Vaccination in Bombay 1889-1901 - 1889-1901
Year: 1889
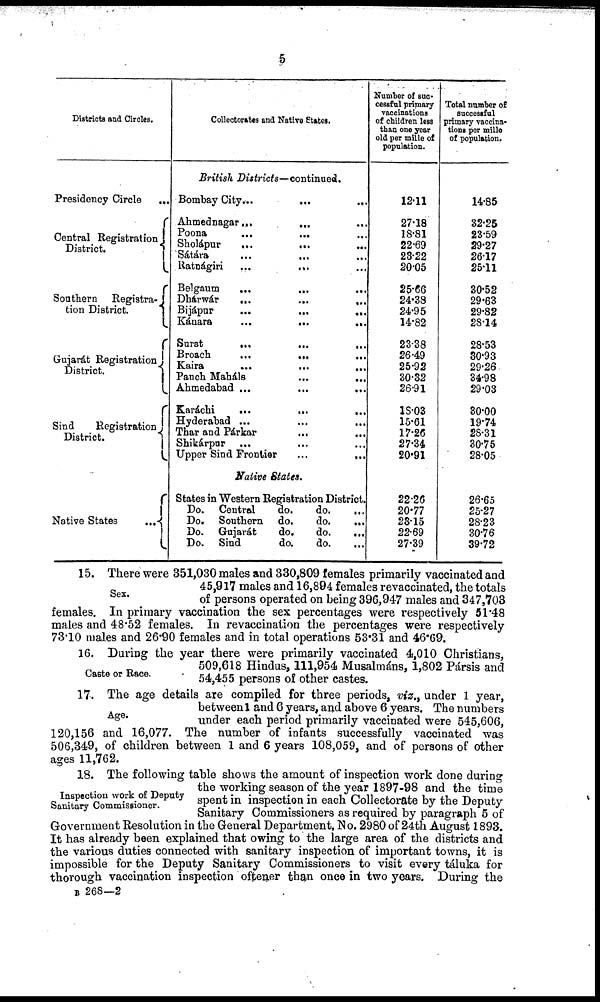
5
Districts and Circles.
Presidency Circle
...
Central Registration
District.
Southern Registra-
tion District.
Gujarát Registration
District.
Sind
Registration
District.
Native States
...
Collectorates and Native States.
British Districts—continued.
Bombay City
...
...
...
Ahmednagar ... ... ...
Poona
...
...
...
Sholápur
...
...
...
Sátarà
...
...
...
Ratnágiri
...
...
...
Belgaum
...
...
...
Dhárwár
...
...
...
Bijápur
...
...
...
Kánarà
...
...
...
Surat
...
...
...
Broach
...
...
...
Kaira
...
...
...
Panch Maháls ... ... ...
Ahmedabad ...
...
...
Karáchi
...
...
...
Hyderabad ... ... ...
Thar and Párkar
... ... ...
Shikárpur ... ... ...
Upper Sind Frontier
...
...
Native States.
States in Western Registration District.
Do. Central
do.
do.
...
Do. Southern do.
do.
...
Do. Gujarát
do.
do.
...
Do. Sind
do.
do. ...
Number of suc-
cessful primary
vaccinations
of children less
than one year
old per mille of
population.
12.11
27.18
18.81
22.69
23.22
20.05
25.66
24.38
24.95
14.82
23.38
26.49
25.92
30.32
26.91
18.03
15.61
17.26
27.34
20.91
22.26
20.77
2315
22.69
27.39
Total number of
successful
primary vaccina-
tions per mille
of population.
14.85
32.25
23.59
29.27
26.17
25.11
30.52
29.63
29.82
28.14
28.53
30.93
29.26
34.98
29.03
30.00
19.74
28.31
30.75
28.05
26.65
25.27
28.23
30.76
39.72
Sex.
15. There were 351,030 males and 330,809 females primarily vaccinated and
45,917 males and 16,894 females revaccinated, the totals
of persons operated on being 396,947 males and 347,703
females. In primary vaccination the sex percentages were respectively 51.48
males and 48.52 females. In revaccination the percentages were respectively
73.10 males and 26.90 females and in total operations 53.31 and 46.69.
Caste or Race.
16. During the year there were primarily vaccinated 4,010 Christians,
509,618 Hindus, 111,954 Musalmáns, 1,802 Pársis and
54,455 persons of other castes.
Age.
17. The age details are compiled for three periods, viz.,under 1 year,
between 1 and 6 years, and above 6 years. The numbers
under each period primarily vaccinated were 545,606,
120,156 and 16,077. The number of infants successfully vaccinated was
506,349, of children between 1 and 6 years 108,059, and of persons of other
ages 11,762.
Inspection work of Deputy
Sanitary Commissioner.
18. The following table shows the amount of inspection work done during
the working season of the year 1897-98 and the time
spent in inspection in each Collectorate by the Deputy
Sanitary Commissioners as required by paragraph 5 of
Government Resolution in the General Department, No. 2980 of 24th August 1893.
It has already been explained that owing to the large area of the districts and
the various duties connected with sanitary inspection of important towns, it is
impossible for the Deputy Sanitary Commissioners to visit every táluka for
thorough vaccination inspection oftener than once in two years. During the
B 268—2